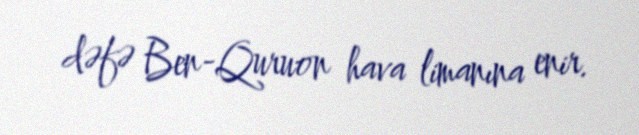
dəfə Ben-Quruon hava limanına enir.